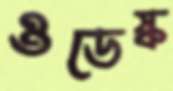
ওডেস্ক